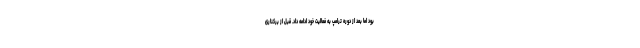
بود اما بعد از دوره ترامپ به فعالیت خود ادامه داد. قبل از برکناری